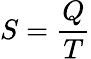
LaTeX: S={\frac{Q}{T}}